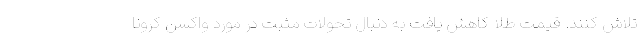
تلاش کنند. قیمت طلا کاهش یافت به دنبال تحولات مثبت در مورد واکسن کرونا